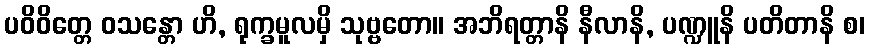
ပဝိဝိတ္တေ ဝသန္တော ဟိ, ရုက္ခမူလမှိ သုဗ္ဗတော။ အဘိရတ္တာနိ နီလာနိ, ပဏ္ဍူနိ ပတိတာနိ စ၊